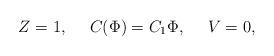
LaTeX: \begin{align*}Z=1, \ \ \ \ C(\Phi) =C_1 \Phi, \ \ \ \ V=0,\end{align*}